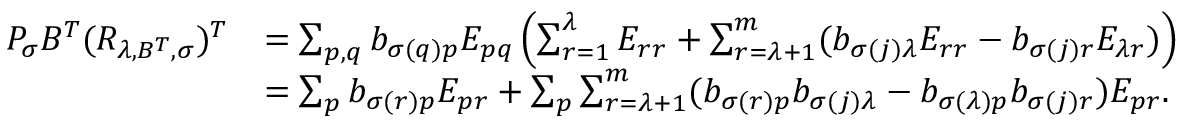
\begin{array} { r l } { P _ { \sigma } B ^ { T } ( R _ { \lambda , B ^ { T } , \sigma } ) ^ { T } } & { = \sum _ { p , q } b _ { \sigma ( q ) p } E _ { p q } \left( \sum _ { r = 1 } ^ { \lambda } E _ { r r } + \sum _ { r = \lambda + 1 } ^ { m } ( b _ { \sigma ( j ) \lambda } E _ { r r } - b _ { \sigma ( j ) r } E _ { \lambda r } ) \right) } \\ & { = \sum _ { p } b _ { \sigma ( r ) p } E _ { p r } + \sum _ { p } \sum _ { r = \lambda + 1 } ^ { m } ( b _ { \sigma ( r ) p } b _ { \sigma ( j ) \lambda } - b _ { \sigma ( \lambda ) p } b _ { \sigma ( j ) r } ) E _ { p r } . } \end{array}